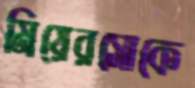
মিয়েরসোকে